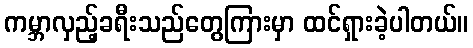
ကမ္ဘာလှည့်ခရီးသည်တွေကြားမှာ ထင်ရှားခဲ့ပါတယ်။